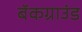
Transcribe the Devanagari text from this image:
बॅकग्राउंड